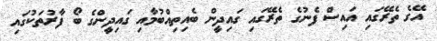
އޭގެ ތެރޭގައި އައިސް ފެނުގެ ތެރޭގައި ގައިދީން ބެއިތިއްބުމާއި ގައިދީންގެ ބޯ ފާރުތަކުގައި